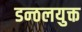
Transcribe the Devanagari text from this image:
डन्ठलयुक्त